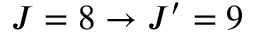
J = 8 \rightarrow J ^ { \prime } = 9